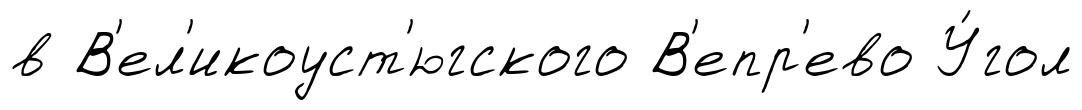
в В'ел'икоуст'югского В'епр'ево У́гол